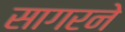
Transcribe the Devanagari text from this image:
सागरने